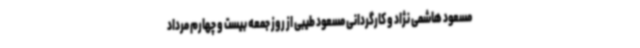
مسعود هاشمی نژاد و کارگردانی مسعود طیبی از روز جمعه بیست و چهارم مرداد